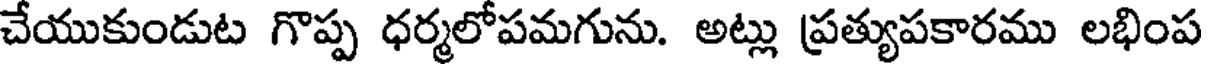
చేయుకుండుట గొప్ప ధర్మలోపమగును. అట్లు ప్రత్యుపకారము లభింప